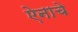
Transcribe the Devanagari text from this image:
ऐनाचे